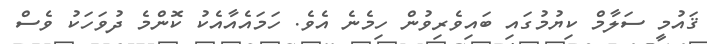
ޤައުމީ ސަލާމް ކިޔުމުގައި ބައިވެރިވުން ހިމެނެ އެވެ. ހަމައެއާއެކު ކޮންމެ ދުވަހަކު ވެސް